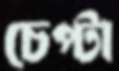
চেপ্টা